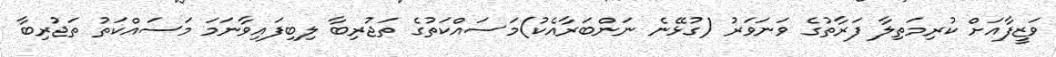
ވަޒީފާއަށް ކުރިމަތިލާ ފަރާތުގެ ވަނަވަރު (ގުޅޭނެ ނަންބަރާއެކު)މަސައްކަތުގެ ތަޖުރިބާ ލިބިފައިވާނަމަ މަސައްކަތު ތަޖުރިބާ